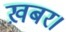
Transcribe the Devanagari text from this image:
ख़बर।